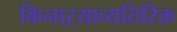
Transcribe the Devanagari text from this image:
किनाऱ्याव्यतिरिक्त